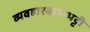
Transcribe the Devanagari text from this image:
व्यवहारबालभट्टी